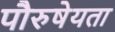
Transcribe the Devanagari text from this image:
पौरुषेयता